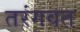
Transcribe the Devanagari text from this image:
तरंगवत